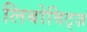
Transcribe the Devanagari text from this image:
लिबोविट्ज़